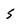
Character: 5